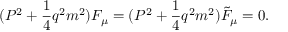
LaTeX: ( P ^ { 2 } + \frac { 1 } { 4 } q ^ { 2 } m ^ { 2 } ) { \cal F } _ { \mu } = ( P ^ { 2 } + \frac { 1 } { 4 } q ^ { 2 } m ^ { 2 } ) { \tilde { \cal F } } _ { \mu } = 0 .